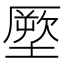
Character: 𭏪